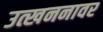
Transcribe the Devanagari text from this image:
उत्खननावर